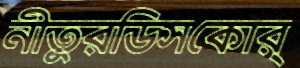
নীতুরডিসকোর্